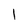
Character: 1